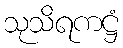
သုသိရကဋ္ဌံ